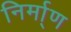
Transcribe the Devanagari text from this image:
निर्मा्ण